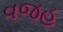
વજહ